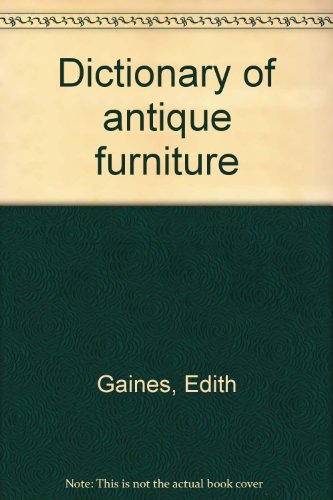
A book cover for Woman's Day Dictionary of Antique Furniture; Edith Gaines; Crafts, Hobbies & Home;